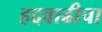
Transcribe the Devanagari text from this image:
हद्दवाढीचा